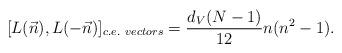
LaTeX: \begin{align*}[L(\vec{n}),L(-\vec{n})]_{c.e.\ vectors} =\frac{d_{V} (N-1)}{12} n (n^{2} - 1).\end{align*}